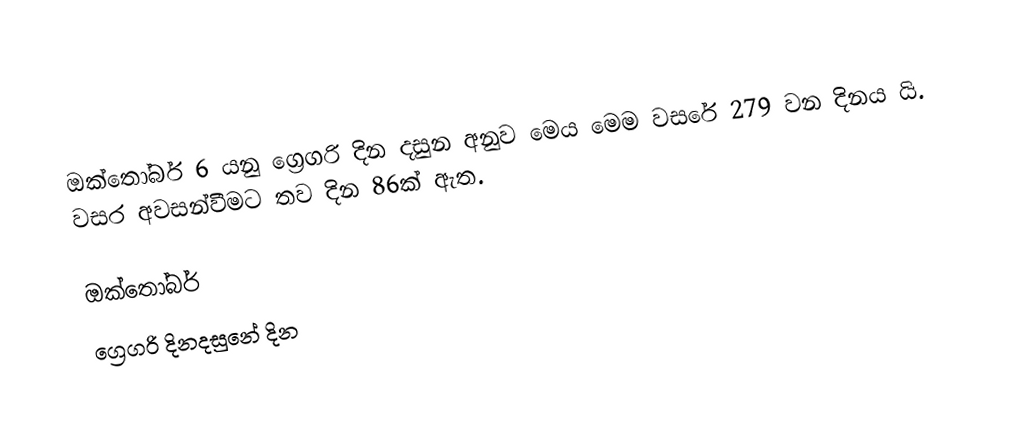
ඔක්තෝබර් 6 යනු ග්‍රෙගරි දින දසුන අනුව මෙය මෙම වසරේ 279 වන දිනය යි. වසර අවසන්වීමට තව දින 86ක් ඇත.

ඔක්තෝබර්
ග්‍රෙගරි දිනදසුනේ දින